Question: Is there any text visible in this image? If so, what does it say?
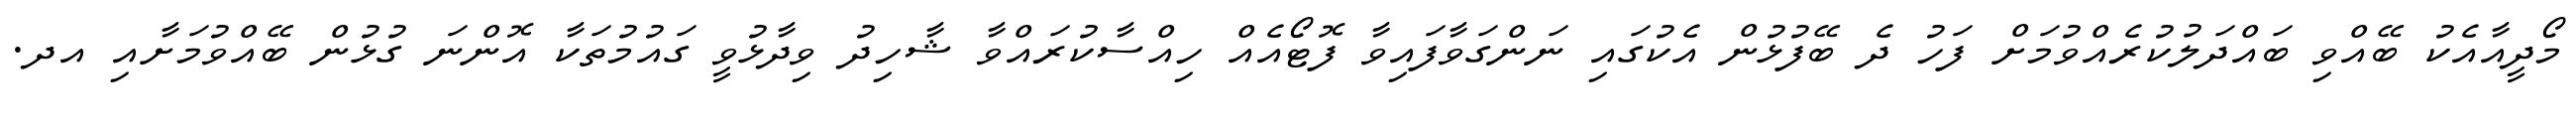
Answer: މޯދީއާއެކު ބޭއްވި ބައްދަލުކުރެއްވުމަށް ފަހު ދެ ބޭފުޅުން އެކުގައި ނަންގަވާފައިވާ ފޮޓޯއެއް ހިއްސާކުރައްވާ ޝާހިދު ވިދާޅުވީ ގައުމުތަކާ އޮންނަ ގުޅުން ބޭއްވުމަށާއި އދ.